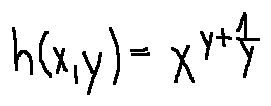
h ( x , y ) = x ^ { y + \frac { 1 } { y } }